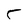
Character: 5